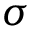
\sigma